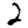
Digit: 2